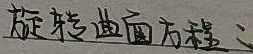
旋转曲面方程：